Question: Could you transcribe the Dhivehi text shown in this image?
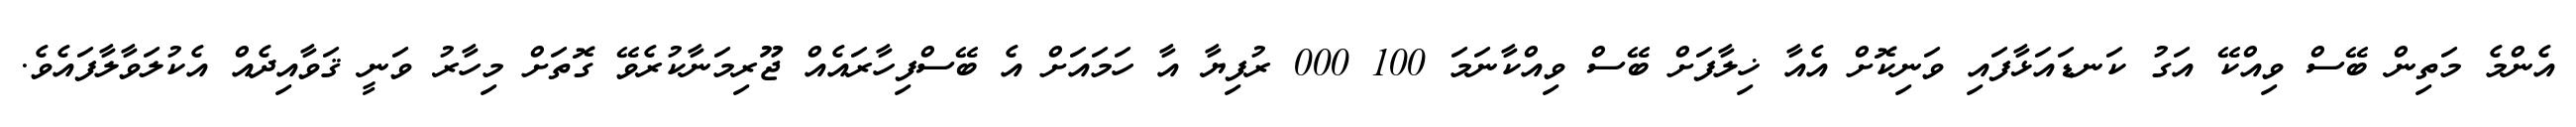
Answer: އެންމެ މަތިން ބޭސް ވިއްކޭ އަގު ކަނޑައަޅާފައި ވަނިކޮށް އެއާ ޚިލާފަށް ބޭސް ވިއްކާނަމަ 100 000 ރުފިޔާ އާ ހަމައަށް އެ ބޭސްފިހާރައެއް ޖޫރިމަނާކުރެވޭ ގޮތަށް މިހާރު ވަނީ ޤަވާއިދެއް އެކުލަވާލާފައެވެ.